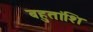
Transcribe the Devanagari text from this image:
बहुतांशि